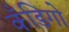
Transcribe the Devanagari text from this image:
कँडिगो